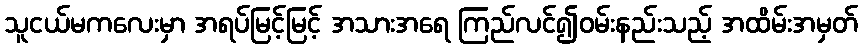
သူငယ်မကလေးမှာ အရပ်မြင့်မြင့် အသားအရေ ကြည်လင်၍ဝမ်းနည်းသည့် အထိမ်းအမှတ်